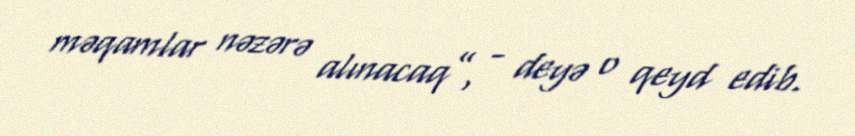
məqamlar nəzərə alınacaq”, - deyə o qeyd edib.